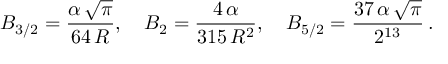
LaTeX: B _ { 3 / 2 } = \frac { \alpha \, \sqrt \pi } { 6 4 \, R } , \quad B _ { 2 } = \frac { 4 \, \alpha } { 3 1 5 \, R ^ { 2 } } , \quad B _ { 5 / 2 } = \frac { 3 7 \, \alpha \, \sqrt \pi } { 2 ^ { 1 3 } } \, { . }